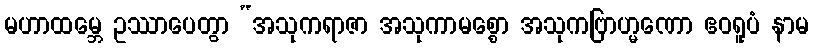
မဟာထမ္ဘေ ဥဿာပေတွာ “အသုကရာဇာ အသုကာမစ္စော အသုကဗြာဟ္မဏော ဧဝရူပံ နာမ